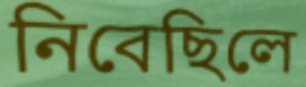
নিবেছিলে